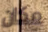
مكان